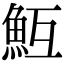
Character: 魱